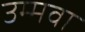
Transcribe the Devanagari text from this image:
उम्मवा